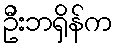
ဦးဘရှိန်က